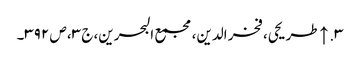
۳. ↑ طریحی، فخر الدین، مجمع البحرین، ج ۳، ص ۳۹۲۔